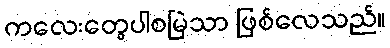
ကလေးတွေပါစမြဲသာ ဖြစ်လေသည်။